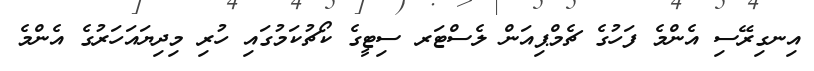
އިނގިރޭސި އެންމެ ފަހުގެ ޗެމްޕިއަން ލެސްޓަރ ސިޓީގެ ކޯޗުކަމުގައި ހުރި މިދިޔައަހަރުގެ އެންމެ